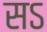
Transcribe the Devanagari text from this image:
सऽ